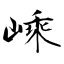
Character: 嵊